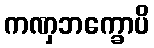
ကဏှဘက္ခောပိ